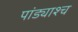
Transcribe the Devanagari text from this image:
पांड्याश्च